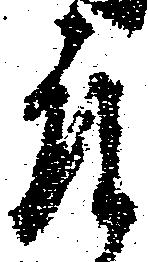
殿